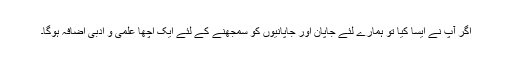
اگر آپ نے ایسا کیا تو ہمارے لئے جاپان اور جاپانیوں کو سمجھنے کے لئے ایک اچھا علمی و ادبی اضافہ ہوگا۔